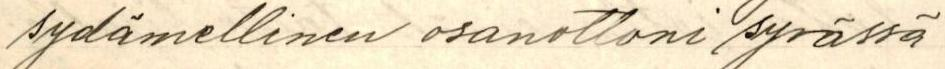
sydämellinen osanottoni syvässä